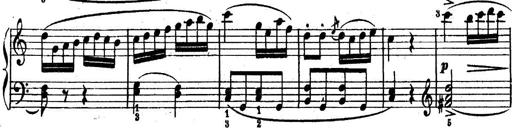
Title: 6 Piano Sonatinas
Composer: Cornelius Gurlitt